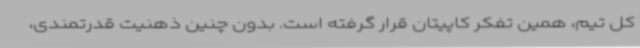
کل تیم، همین تفکر کاپیتان قرار گرفته است. بدون چنین ذهنیت قدرتمندی،